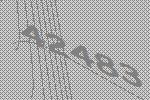
42483